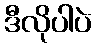
ဒီလိုပါပဲ